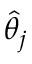
\widehat { \theta } _ { j }